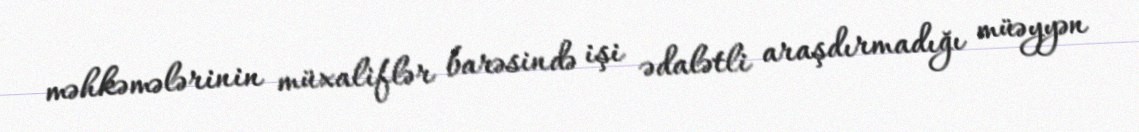
məhkəmələrinin müxaliflər barəsində işi ədalətli araşdırmadığı müəyyən